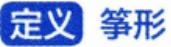
定义 筝形